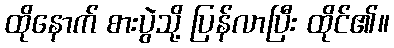
ထိုနောက် စားပွဲသို့ ပြန်လာပြီး ထိုင်၏။